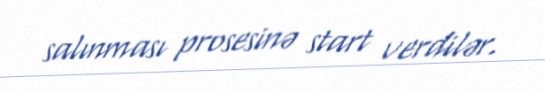
salınması prosesinə start verdilər.